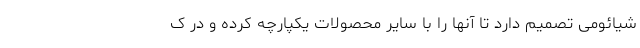
شیائومی تصمیم دارد تا آنها را با سایر محصولات یکپارچه کرده و در ک